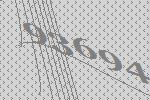
93694